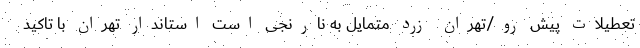
تعطیلات پیش رو/تهران زرد متمایل به نارنجی است استاندار تهران با تاکید